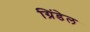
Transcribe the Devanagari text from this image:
ग्रिंडेल